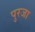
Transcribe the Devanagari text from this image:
पुरजा